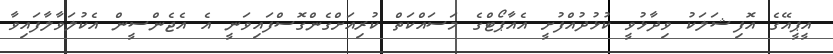
އީޕީއޭގެ އޮފިޝަލަކު ވިދާޅުވީ ކުޅުދުއްފުށީ އެއާޕޯޓްގެ މަސައްކަތް ކުރިއަށްގެންގޮސްފައިވަނީ އެ އެޖެންސީން އެކުލަވާލާފައިވާ